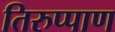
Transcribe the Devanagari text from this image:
तिरुप्पाण